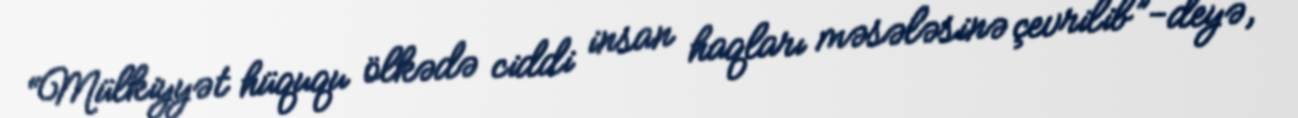
“Mülkiyyət hüququ ölkədə ciddi insan haqları məsələsinə çevrilib”-deyə,